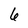
Character: 6